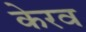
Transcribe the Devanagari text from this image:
केरव